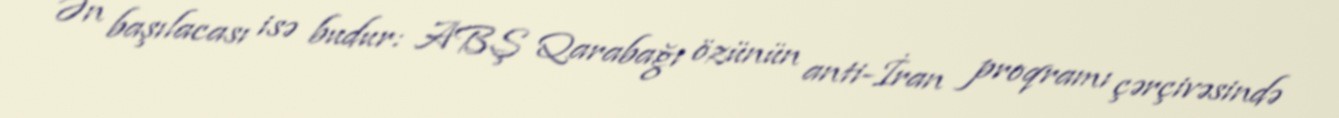
Ən başılacası isə budur: ABŞ Qarabağı özünün anti-İran proqramı çərçivəsində